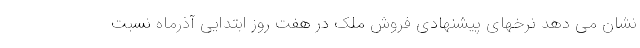
نشان می دهد نرخهای پیشنهادی فروش ملک در هفت روز ابتدایی آذرماه نسبت